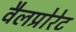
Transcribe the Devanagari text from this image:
वैलप्रोरेट